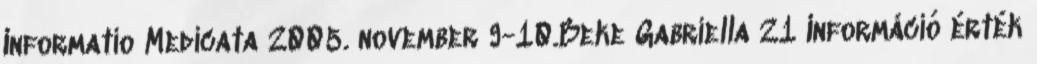
Informatio Medicata 2005. november 9-10.Beke Gabriella 21 Információ érték